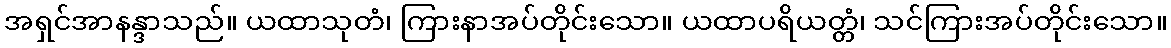
အရှင်အာနန္ဒာသည်။ ယထာသုတံ၊ ကြားနာအပ်တိုင်းသော။ ယထာပရိယတ္တံ၊ သင်ကြားအပ်တိုင်းသော။